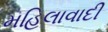
મહિલાવાદી